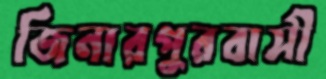
জিনারপুরবাসী